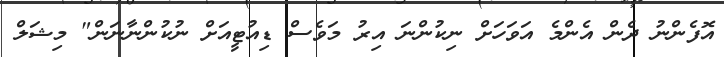
އޮފެންނު ދެން އެންމެ އަވަހަށް ނިކުންނަ އިރު މަވެސް ޑިއުޓީއަށް ނުކުންނާނަން" މިޝަލް